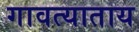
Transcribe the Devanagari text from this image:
गावत्याताय